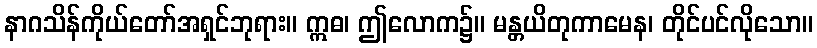
နာဂသိန်ကိုယ်တော်အရှင်ဘုရား။ ဣဓ၊ ဤလောက၌။ မန္တယိတုကာမေန၊ တိုင်ပင်လိုသော။